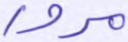
مرور